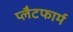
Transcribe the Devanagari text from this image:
प्‍लैटफार्म